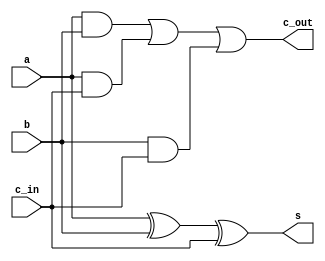
module fulladd(s,c_out,a,b,c_in);
	output c_out, s;
	input a,b,c_in;
	assign s=a^b^c_in;
	assign c_out=(a&b)|(a&c_in)|(b&c_in);
endmodule
//=======================
module arr_mul(a,b,x);//x=a*b
	input [7:0] a,b;
	output [15:0] x;
	wire [63:0]c;
	wire [63:0]s;  //s,cout,a,b,cin
	
// module adder 8 bit 	
fulladd fa0 (s[0],c[0],a[0]&b[0],1'b0,1'b0);
fulladd fa1 (s[1],c[1],a[1]&b[0],1'b0,c[0]);
fulladd fa2 (s[2],c[2],a[2]&b[0],1'b0,c[1]);
fulladd fa3 (s[3],c[3],a[3]&b[0],1'b0,c[2]);
fulladd fa4 (s[4],c[4],a[4]&b[0],1'b0,c[3]);
fulladd fa5 (s[5],c[5],a[5]&b[0],1'b0,c[4]);
fulladd fa6 (s[6],c[6],a[6]&b[0],1'b0,c[5]);
fulladd fa7 (s[7],c[7],a[7]&b[0],1'b0,c[6]);
//
fulladd fa8 (s[8],c[8],a[0]&b[1],s[1],1'b0);
fulladd fa9 (s[9],c[9],a[1]&b[1],s[2],c[8]);
fulladd fa10(s[10],c[10],a[2]&b[1],s[3],c[9]);
fulladd fa11(s[11],c[11],a[3]&b[1],s[4],c[10]);
fulladd fa12(s[12],c[12],a[4]&b[1],s[5],c[11]);
fulladd fa13(s[13],c[13],a[5]&b[1],s[6],c[12]);
fulladd fa14(s[14],c[14],a[6]&b[1],s[7],c[13]);
fulladd fa15(s[15],c[15],a[7]&b[1],c[7],c[14]);
//
fulladd fa16 (s[16],c[16],a[0]&b[2],s[9],1'b0);
fulladd fa17 (s[17],c[17],a[1]&b[2],s[10],c[16]);
fulladd fa18(s[18],c[18],a[2]&b[2],s[11],c[17]);
fulladd fa19(s[19],c[19],a[3]&b[2],s[12],c[18]);
fulladd fa20(s[20],c[20],a[4]&b[2],s[13],c[19]);
fulladd fa21(s[21],c[21],a[5]&b[2],s[14],c[20]);
fulladd fa22(s[22],c[22],a[6]&b[2],s[15],c[21]);
fulladd fa23(s[23],c[23],a[7]&b[2],c[15],c[22]);
//
fulladd fa24 (s[24],c[24],a[0]&b[3],s[17],1'b0);
fulladd fa25 (s[25],c[25],a[1]&b[3],s[18],c[24]);
fulladd fa26(s[26],c[26],a[2]&b[3],s[19],c[25]);
fulladd fa27(s[27],c[27],a[3]&b[3],s[20],c[26]);
fulladd fa28(s[28],c[28],a[4]&b[3],s[21],c[27]);
fulladd fa29(s[29],c[29],a[5]&b[3],s[22],c[28]);
fulladd fa30(s[30],c[30],a[6]&b[3],s[23],c[29]);
fulladd fa31(s[31],c[31],a[7]&b[3],c[23],c[30]);
//
fulladd fa32 (s[32],c[32],a[0]&b[4],s[25],1'b0);
fulladd fa33 (s[33],c[33],a[1]&b[4],s[26],c[32]);
fulladd fa34(s[34],c[34],a[2]&b[4],s[27],c[33]);
fulladd fa35(s[35],c[35],a[3]&b[4],s[28],c[34]);
fulladd fa36(s[36],c[36],a[4]&b[4],s[29],c[35]);
fulladd fa37(s[37],c[37],a[5]&b[4],s[30],c[36]);
fulladd fa38(s[38],c[38],a[6]&b[4],s[31],c[37]);
fulladd fa39(s[39],c[39],a[7]&b[4],c[31],c[38]);
//
fulladd fa40 (s[40],c[40],a[0]&b[5],s[33],1'b0);
fulladd fa41 (s[41],c[41],a[1]&b[5],s[34],c[40]);
fulladd fa42(s[42],c[42],a[2]&b[5],s[35],c[41]);
fulladd fa43(s[43],c[43],a[3]&b[5],s[36],c[42]);
fulladd fa44(s[44],c[44],a[4]&b[5],s[37],c[43]);
fulladd fa45(s[45],c[45],a[5]&b[5],s[38],c[44]);
fulladd fa46(s[46],c[46],a[6]&b[5],s[39],c[45]);
fulladd fa47(s[47],c[47],a[7]&b[5],c[39],c[46]);
//
fulladd fa48 (s[48],c[48],a[0]&b[6],s[41],1'b0);
fulladd fa49 (s[49],c[49],a[1]&b[6],s[42],c[48]);
fulladd fa50(s[50],c[50],a[2]&b[6],s[43],c[49]);
fulladd fa51(s[51],c[51],a[3]&b[6],s[44],c[50]);
fulladd fa52(s[52],c[52],a[4]&b[6],s[45],c[51]);
fulladd fa53(s[53],c[53],a[5]&b[6],s[46],c[52]);
fulladd fa54(s[54],c[54],a[6]&b[6],s[47],c[53]);
fulladd fa55(s[55],c[55],a[7]&b[6],c[47],c[54]);
//
fulladd fa56 (s[56],c[56],a[0]&b[7],s[49],1'b0);
fulladd fa57 (s[57],c[57],a[1]&b[7],s[50],c[56]);
fulladd fa58(s[58],c[58],a[2]&b[7],s[51],c[57]);
fulladd fa59(s[59],c[59],a[3]&b[7],s[52],c[58]);
fulladd fa60(s[60],c[60],a[4]&b[7],s[53],c[59]);
fulladd fa61(s[61],c[61],a[5]&b[7],s[54],c[60]);
fulladd fa62(s[62],c[62],a[6]&b[7],s[55],c[61]);
fulladd fa63(s[63],c[63],a[7]&b[7],c[55],c[62]);
	assign x[0]=s[0];
	assign x[1]=s[8];
	assign x[2]=s[16];
	assign x[3]=s[24];
	assign x[4]=s[32];
	assign x[5]=s[40];
	assign x[6]=s[48];
	assign x[7]=s[56];
	assign x[8]=s[57];
	assign x[9]=s[58];
	assign x[10]=s[59];
	assign x[11]=s[60];
	assign x[12]=s[61];
	assign x[13]=s[62];
	assign x[14]=s[63];
	assign x[15]=c[63];
endmodule